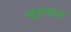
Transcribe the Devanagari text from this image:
वरणत